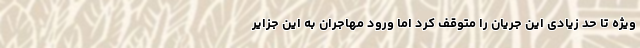
ویژه تا حد زیادی این جریان را متوقف کرد اما ورود مهاجران به این جزایر